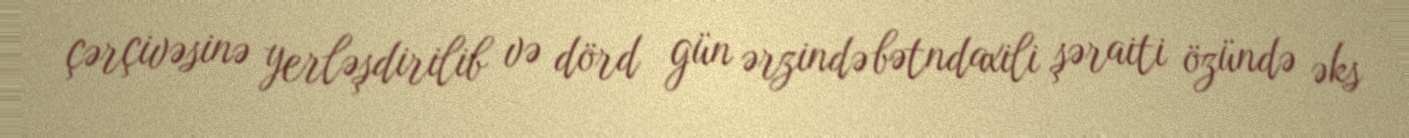
çərçivəsinə yerləşdirilib və dörd gün ərzində bətndaxili şəraiti özündə əks